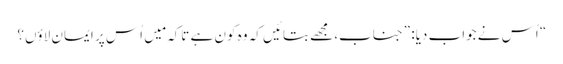
‏“‏ اُس نے جواب دیا:‏ ”‏جناب،‏ مجھے بتائیں کہ وہ کون ہے تاکہ مَیں اُس پر ایمان لاؤں؟